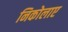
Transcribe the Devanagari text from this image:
निकोलाए